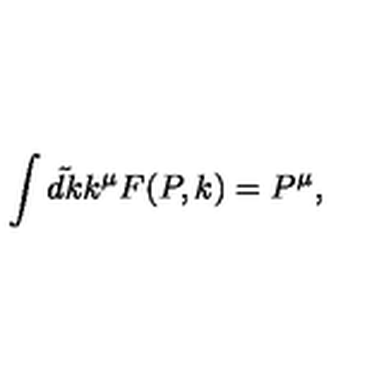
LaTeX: \int \tilde { d k } k ^ { \mu } F ( P , k ) = P ^ { \mu } ,